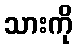
သားကို